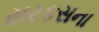
સરકસના